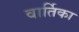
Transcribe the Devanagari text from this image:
वार्तिका